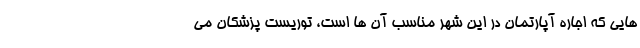
هایی که اجاره آپارتمان در این شهر مناسب آن ها است، توریست پزشکان می